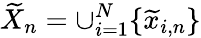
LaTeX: \widetilde X_{n}=\cup_{i=1}^{N}\{ \widetilde x_{i,n}\}